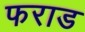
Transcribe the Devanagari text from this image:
फराड